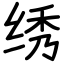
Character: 绣